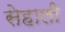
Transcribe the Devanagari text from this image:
सेहाली